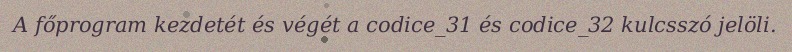
A főprogram kezdetét és végét a codice_31 és codice_32 kulcsszó jelöli.